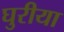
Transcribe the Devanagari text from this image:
घुरीया